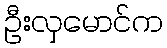
ဦးလှမောင်က